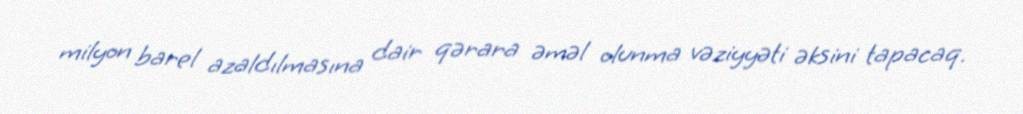
milyon barel azaldılmasına dair qərara əməl olunma vəziyyəti əksini tapacaq.